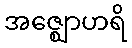
အဇ္ဈောဟရိ